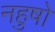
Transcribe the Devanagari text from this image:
नहुषो